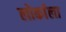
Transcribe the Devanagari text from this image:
लोर्काला